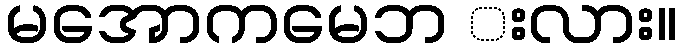
မအောကမေဘ းလား။